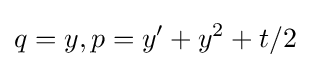
\displaystyle q=y,p=y^{\prime }+y^{2}+t/2